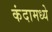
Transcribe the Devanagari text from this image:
कंदामध्ये